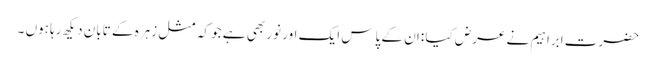
حضرت ابراہیم نے عرض کیا :ان کے پاس ایک اور نور بھی ہے جو کہ مثل زہرہ کے تابان دیکھ رہا ہوں ۔